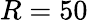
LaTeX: R=50